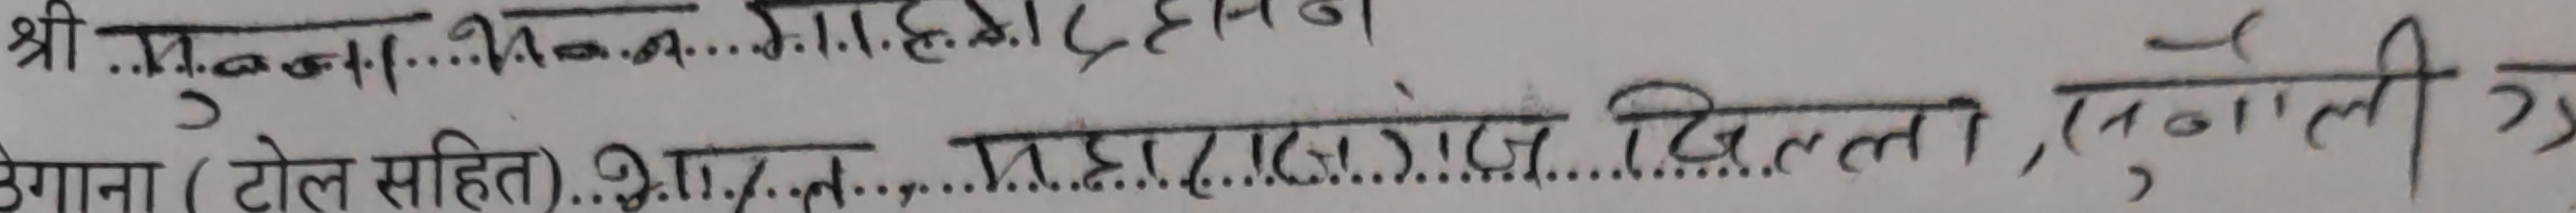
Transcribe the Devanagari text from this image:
श्री मन्नान का शाहदाहमिन
उगाना (टोल सहित) महराजसंग्रह दिल्ली, (भोली ग्र